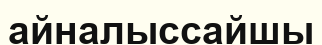
айналыссайшы